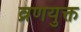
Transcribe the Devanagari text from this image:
व्रणयुक्त